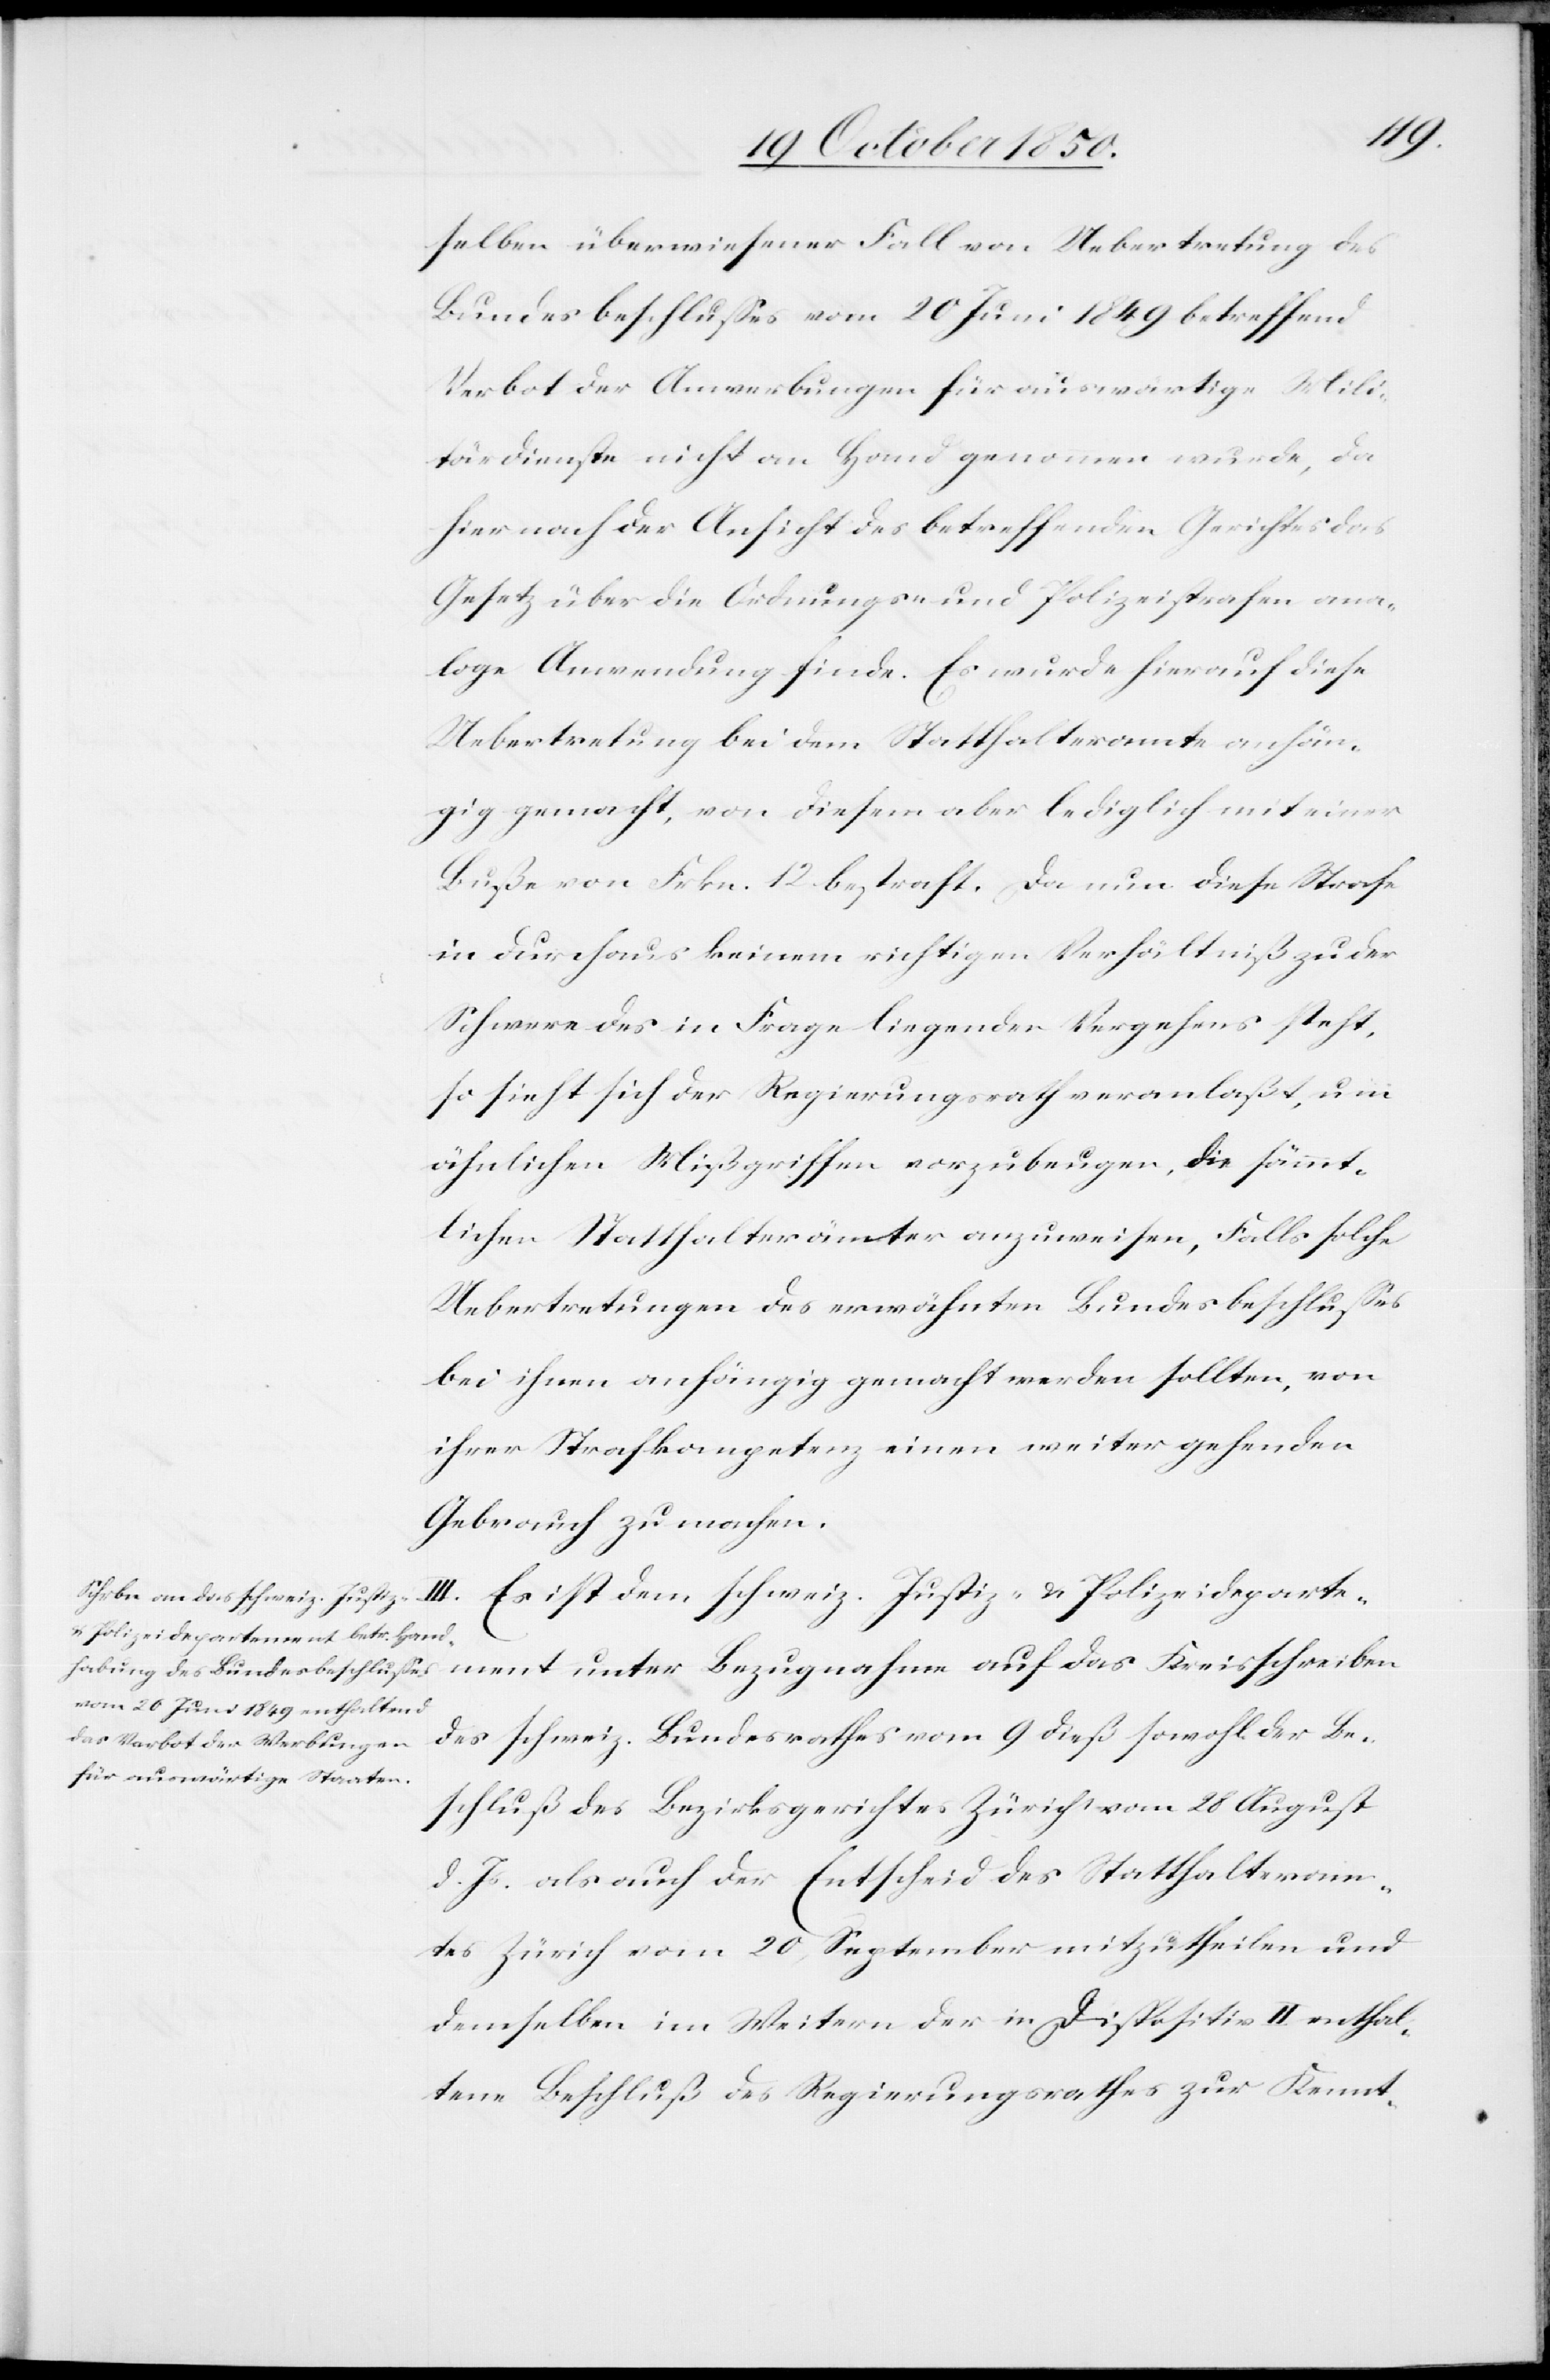
selben überwiesener Fall von Uebertretung des
Bundesbeschlusses vom 20 Juni 1849 betreffend
Verbot der Anwerbungen für auswärtige Mili¬
tärdienste nicht an Hand genommen wurde, da
hier nach der Ansicht des betreffenden Gerichtes das
Gesetz über die Ordnungs- und Polizeistrafen ana¬
loge Anwendung finde. Es wurde hierauf diese
Uebertretung bei dem Statthalteramte anhän¬
gig gemacht, von diesem aber lediglich mit einer
Buße von Frkn. 12 bestraft. Da nun diese Strafe
in durchaus keinem richtigen Verhältniß zu der
Schwere des in Frage liegenden Vergehens steht,
so sieht sich der Regierungsrath veranlaßt, um
ähnlichen Mißgriffen vorzubeugen, die sämmt¬
lichen Statthalterämter anzuweisen, Falls solche
Uebertretungen des erwähnten Bundesbeschlusses
bei ihnen anhängig gemacht werden sollten, von
ihrer Strafkompetenz einen weiter gehenden
Gebrauch zu machen.
III. Es ist dem schweiz. Justiz- & Polizeideparte¬
ment unter Bezugnahme auf das Kreisschreiben
des schweiz. Bundesrathes vom 9 dieß sowohl der Be¬
schluß des Bezirksgerichtes Zürich vom 28 August
d. Js. als auch der Entscheid des Statthalteram¬
tes Zürich vom 20 September mitzutheilen und
demselben im Weitern der in Dispositiv II enthal¬
tene Beschluß des Regierungsrathes zur Kennt-